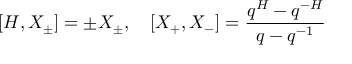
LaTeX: [ H , X _ { \pm } ] = \pm X _ { \pm } , \quad [ X _ { + } , X _ { - } ] = \frac { q ^ { H } - q ^ { - H } } { q - q ^ { - 1 } }